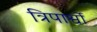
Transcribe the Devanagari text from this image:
त्रिपार्श्वो